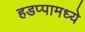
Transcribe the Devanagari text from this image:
हडप्पामध्ये